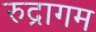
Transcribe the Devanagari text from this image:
रुद्रागम